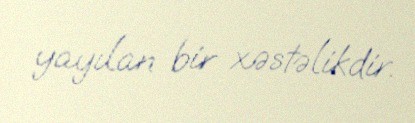
yayılan bir xəstəlikdir.